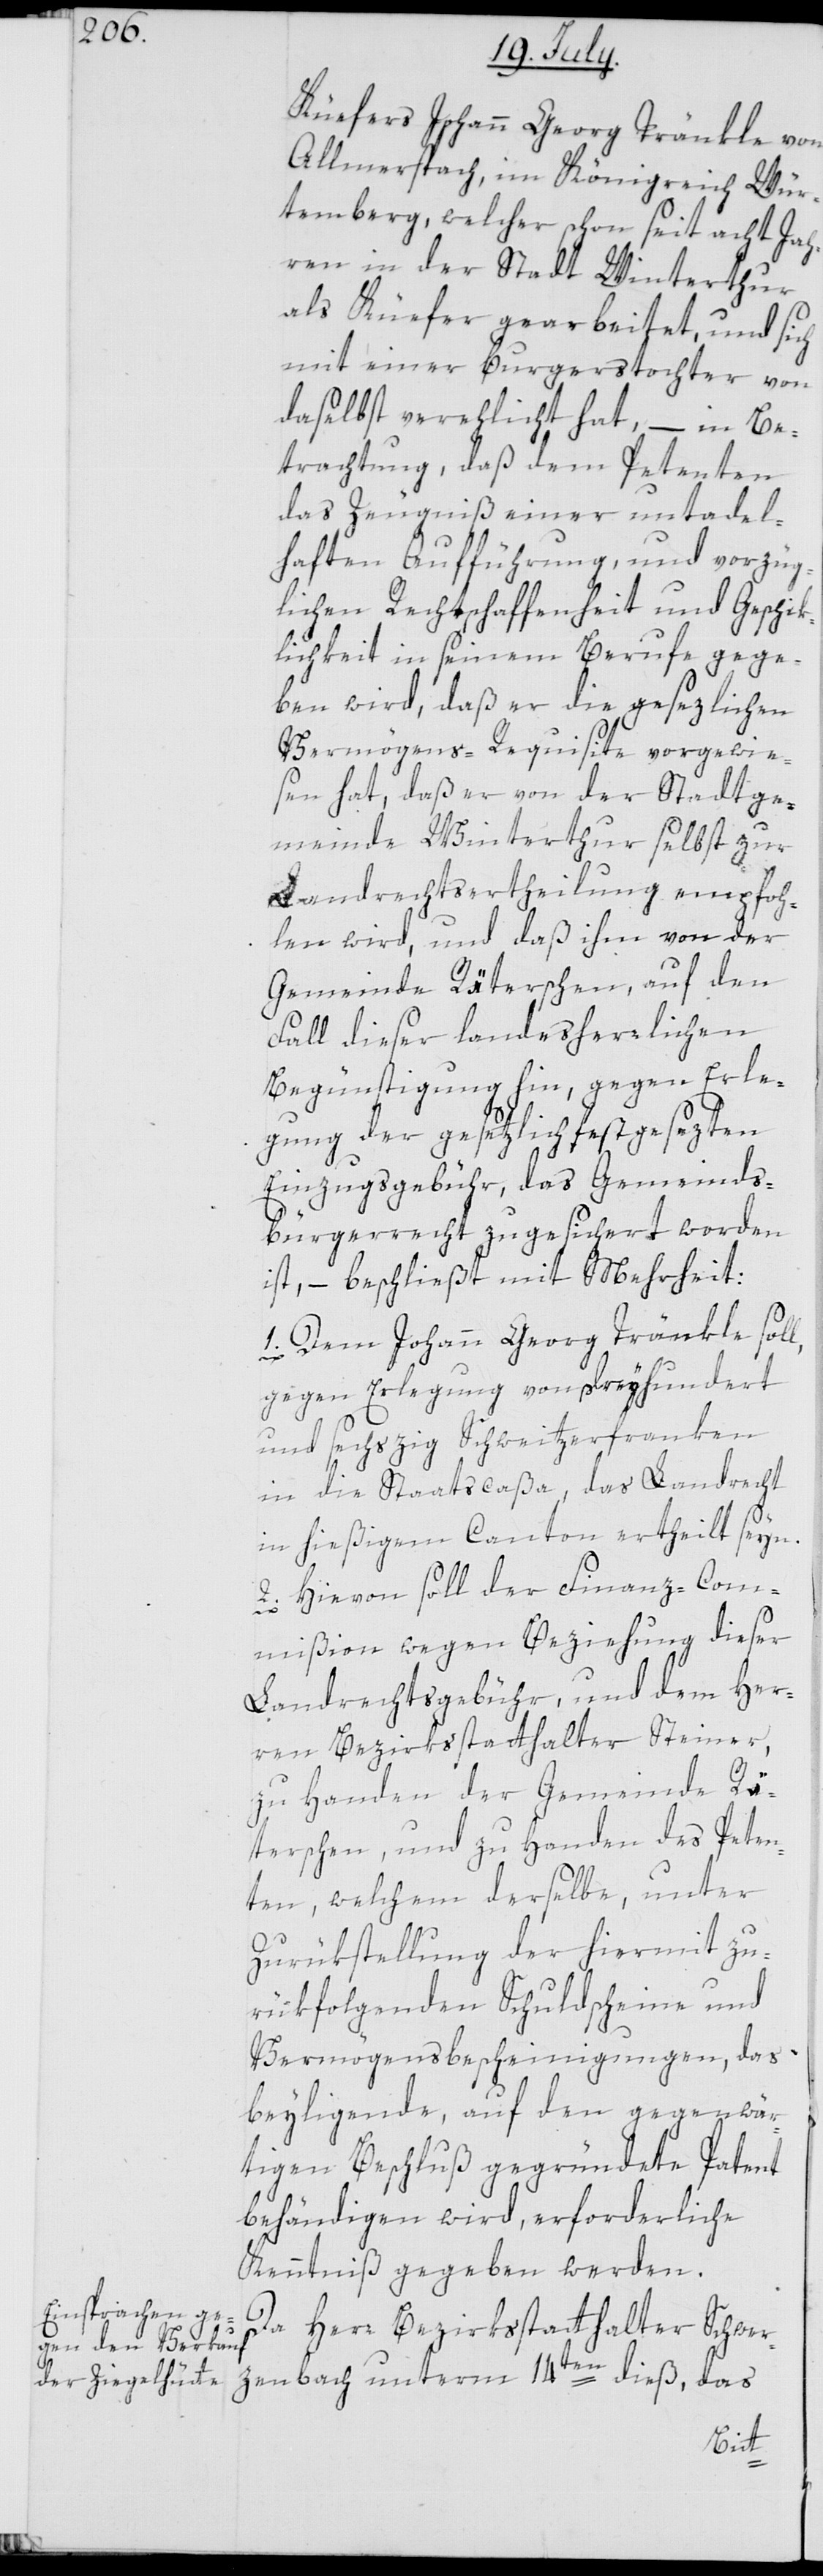
Küefers Johann Georg Tränkle von
Allmerspach im Königreich Wür¬
temberg, welcher schon seit acht Jah¬
ren in der Stadt Winterthur
als Küefer gearbeitet, und sich
mit einer Burgerstochter von
daselbst verehlicht hat, – in Be¬
trachtung, daß dem Petenten
das Zeugniß einer untadel¬
haften Aufführung, und vorzüg¬
lichen Rechtschaffenheit und Geschik¬
lichkeit in seinem Berufe gege¬
ben wird, daß er die gesezlichen
Vermögens-Requisite vorgewie¬
sen hat, daß er von der Stadtge¬
meinde Winterthur selbst zur
Landrechtsertheilung empfoh¬
len wird, und daß ihm von der
Gemeinde Räterschen, auf den
Fall dieser landesherrlichen
Begünstigung hin, gegen Erle¬
gung der gesetzlich festgesezten
Einzugsgebühr, das Gemeinds¬
bürgerrecht zugesichert worden
ist, – beschließt mit Mehrheit:
1. Dem Johann Georg Tränkle soll,
gegen Erlegung von dreyhundert
und sechszig Schweitzerfranken
in die Staatscaßa, das Landrecht
in hießigem Canton ertheilt seyn.
2. Hievon soll der Finanz-Com¬
mißion wegen Beziehung dieser
Landrechtsgebühr, und dem Her¬
ren Bezirksstatthalter Steiner,
zu Handen der Gemeinde Rä¬
terschen, und zu Handen des Peten¬
ten, welchem derselbe, unter
Zurükstellung der hiermit zu¬
rükfolgenden Schuldscheine und
Vermögensbescheinigungen, das
beyliegende, auf den gegenwär¬
tigen Beschluß gegründete Patent
behändigen wird, erforderliche
Kenntniß gegeben werden.
Da Herr Bezirksstatthalter Schwer¬
zenbach unterm 14ten dieß, das